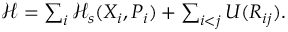
\begin{array} { r } { \mathcal { H } = \sum _ { i } \mathcal { H } _ { s } ( X _ { i } , P _ { i } ) + \sum _ { i < j } U ( R _ { i j } ) . } \end{array}